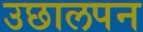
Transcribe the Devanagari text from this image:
उछालपन